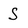
Character: S